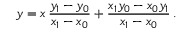
y = x \, { \frac { y _ { 1 } - y _ { 0 } } { x _ { 1 } - x _ { 0 } } } + { \frac { x _ { 1 } y _ { 0 } - x _ { 0 } y _ { 1 } } { x _ { 1 } - x _ { 0 } } } \, .